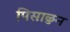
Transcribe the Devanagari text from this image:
पिसाळुन